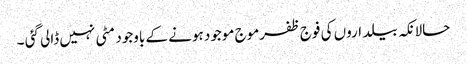
حالانکہ بیلداروں کی فوج ظفرموج موجود ہونے کے باوجود مٹی نہیں ڈالی گئی ۔